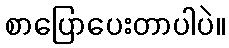
စာပြောပေးတာပါပဲ။